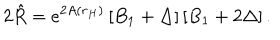
LaTeX: 2 \hat { R } = e ^ { 2 A ( r _ { H } ) } \left[ B _ { 1 } + \Delta \right] \left[ B _ { 1 } + 2 \Delta \right] .